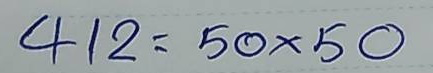
412 = 50x50